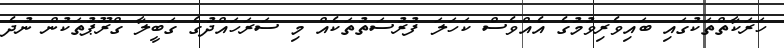
ހަރަކާތްތަކުގައި ބައިވެރިވުމުގެ އެއްވެސް ކަހަލަ ފުރުސަތުތަކެއް މި ސަރަހައްދުގެ ގަބީލާ ގްރޫޕުތަކުން ނުދެ